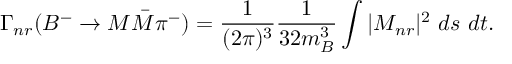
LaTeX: \Gamma _ { n r } ( B ^ { - } \to M \bar { M } \pi ^ { - } ) = \frac { 1 } { ( 2 \pi ) ^ { 3 } } \frac { 1 } { 3 2 m _ { B } ^ { 3 } } \int | { \cal M } _ { n r } | ^ { 2 } ~ d s ~ d t .